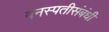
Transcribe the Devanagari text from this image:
वनस्पतीसंबंधी